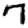
Digit: 7